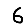
Digit: 6